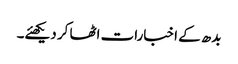
بدھ کے اخبارات اٹھا کر دیکھئے۔